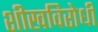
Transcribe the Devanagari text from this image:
शीखविरोधी